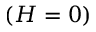
( H = 0 )